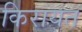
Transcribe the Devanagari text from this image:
किरायत